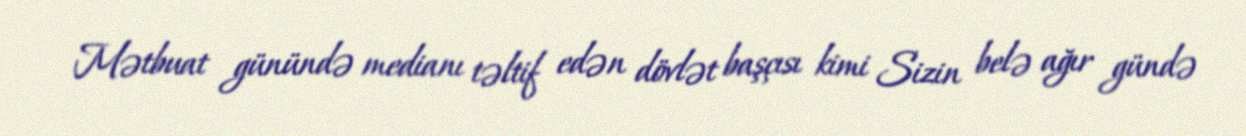
Mətbuat günündə medianı təltif edən dövlət başçısı kimi Sizin belə ağır gündə